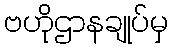
ဗဟိုဌာနချုပ်မှ